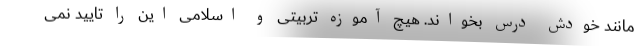
مانند خودش درس بخواند. هیچ آموزه تربیتی و اسلامی این را تایید نمی